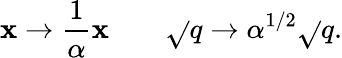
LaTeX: \mathbf{x}\rightarrow{\frac{{1}}{{\alpha}}}\mathbf{x}\qquad\sqrt{}{{q}}\rightarrow\alpha^{{1/2}}\sqrt{}{{q}}.